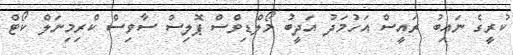
ކުރީގެ ނައިބު ރައީސް އަހުމަދު އަދީބު މޯލްޑިވްސް ޕޮލިސް ސާވިސް ކްރިމިނަލް ކޯޓް